Jaan_Tonisson_(Lasteleht), lk 483
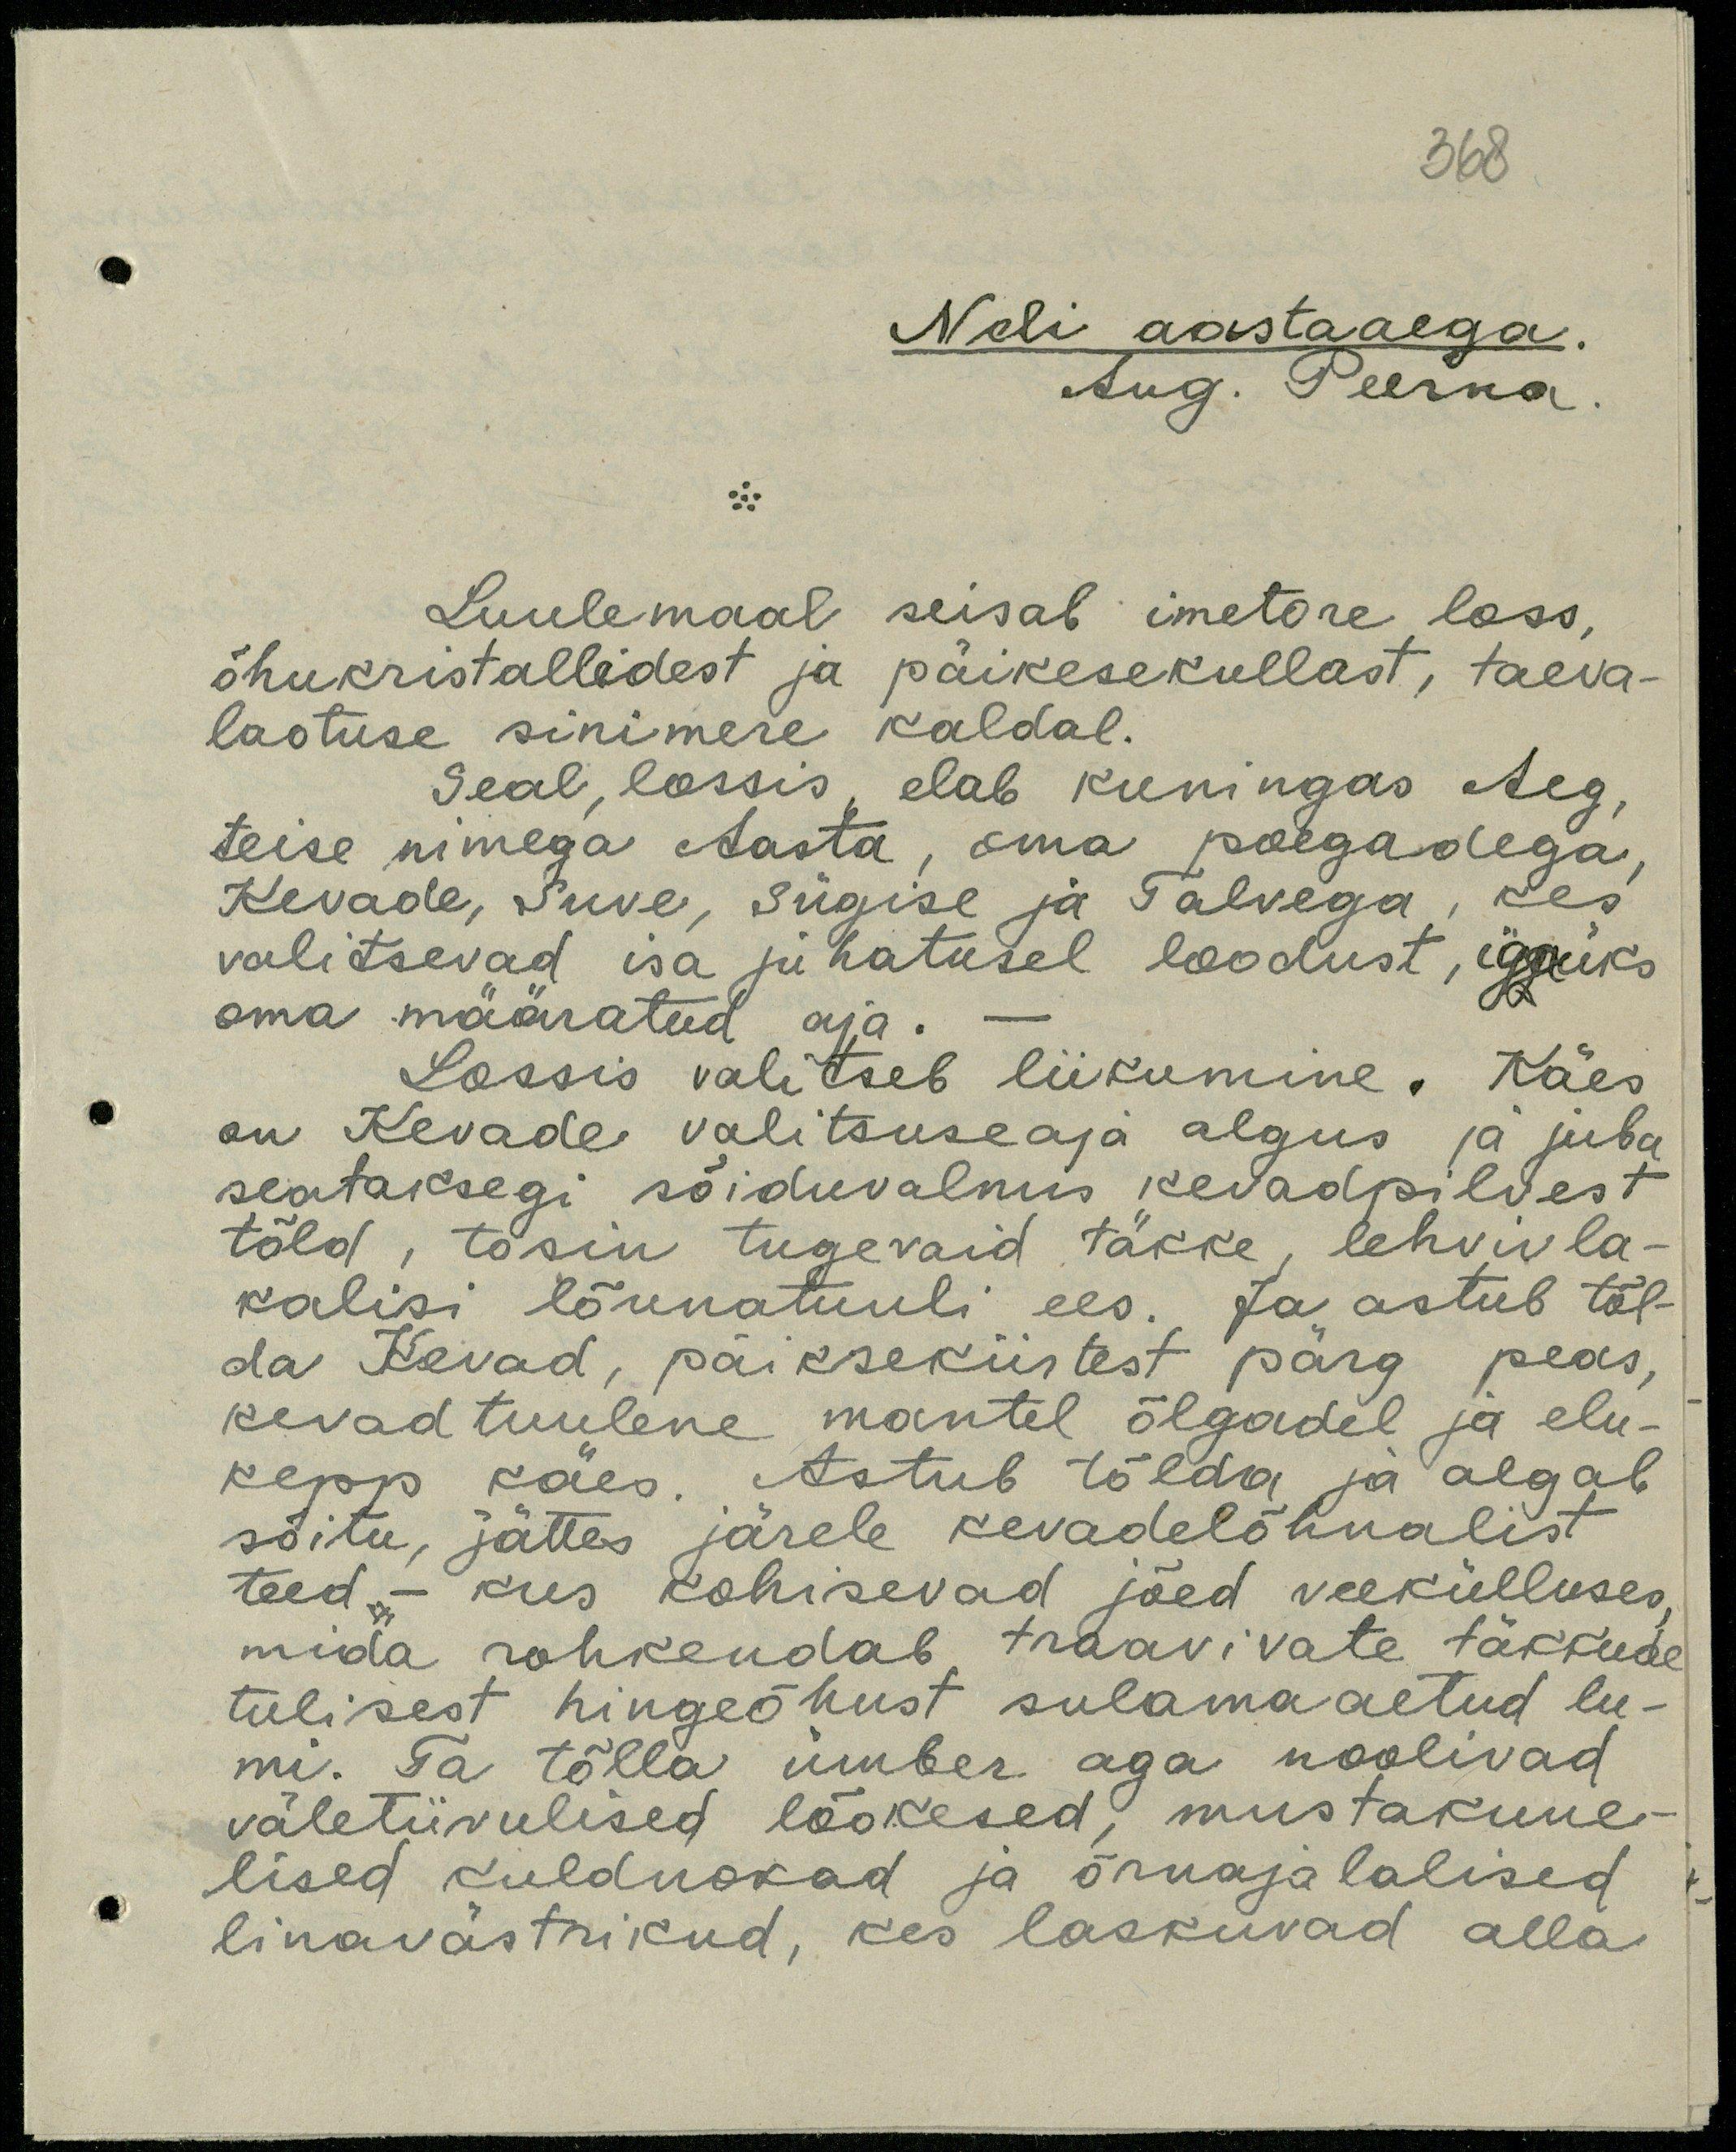
568

Neli aastaaega.
Ang. Peerna.
Luulemaal seisab imetore loss,
õhukristallidest ja päikesekullast, taeva-
laotuse sinimere kaldal.
Seal, lossis, elab kuningas Aeg,
teise nimega Aasta, oma poegadega,
Kevade, Suve, Sügise ja Talvega, kes
valitsevad isa juhatusel loodust, igaüks
oma määratud aja
Lossis valitseb liikumine. Käes
on Kevade valitsuseaja algus ja juba
seataksegi sõiduvalmis kevadpilvest
tõld, tosin tugevaid täkke, lehvivla-
kalisi lõunatuuli ees. Ja astub tõl-
da Kevad, päikseküstest pärg peas,
kevad tuulene mantel õlgadel ja elu-
kepp käes. Astub tõlda ja algab
sõitu, jättes järele kevadelõhnalist
teed.- kus kohisevad jõed veekülluses.
mida rohkendab traavivate täkkude
tulisest hingeõhust sulama aetud lu-
mi. Ta tõlla ümber aga noolivad
väletiivulised lõokesed, mustakuue-
lised kulduokad ja õrnajalalised
linavästrikud, kes laskuvad alla